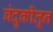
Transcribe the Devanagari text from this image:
बंदुकींतून